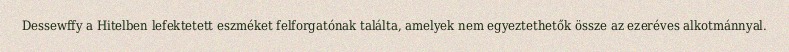
Dessewffy a Hitelben lefektetett eszméket felforgatónak találta, amelyek nem egyeztethetők össze az ezeréves alkotmánnyal.